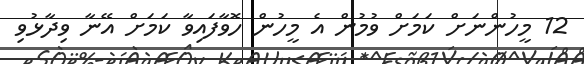
12 މީހުންނަށް ކަމަށް ވުމުން އެ މީހުން ހޮވާފައިވާ ކަމަށް އޭނާ ވިދާޅުވި